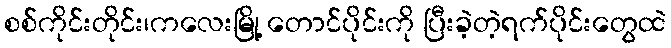
စစ်ကိုင်းတိုင်း၊ကလေးမြို့ တောင်ပိုင်းကို ပြီးခဲ့တဲ့ရက်ပိုင်းတွေထဲ